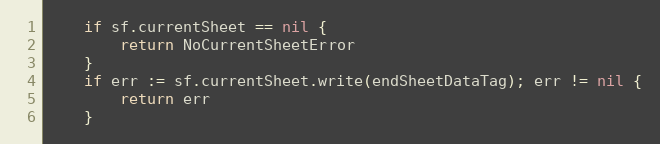
Language: Go
	if sf.currentSheet == nil {
		return NoCurrentSheetError
	}
	if err := sf.currentSheet.write(endSheetDataTag); err != nil {
		return err
	}